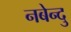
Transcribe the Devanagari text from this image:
नबेन्दु